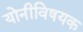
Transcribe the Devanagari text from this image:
योनीविषयक